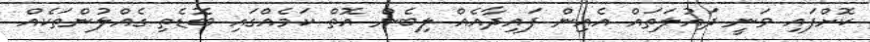
ކޮށްފައި ވަނީ ދައުލަތައް އެއިން ފައިދާއެއް ލިބެން އޮތް ކަމެއްގައި ބޮޑެތި ގެއްލުންތަކެއް